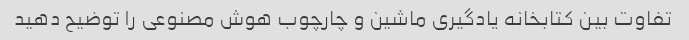
تفاوت بین کتابخانه یادگیری ماشین و چارچوب هوش مصنوعی را توضیح دهید